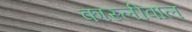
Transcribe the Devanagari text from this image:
कास्लीवाल